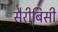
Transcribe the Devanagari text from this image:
सैरीबिसी